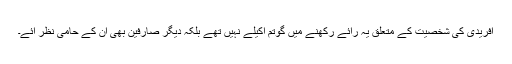
آفریدی کی شخصیت کے متعلق یہ رائے رکھنے میں گوتم اکیلے نہیں تھے بلکہ دیگر صارفین بھی ان کے حامی نظر آئے۔